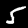
Label: 5